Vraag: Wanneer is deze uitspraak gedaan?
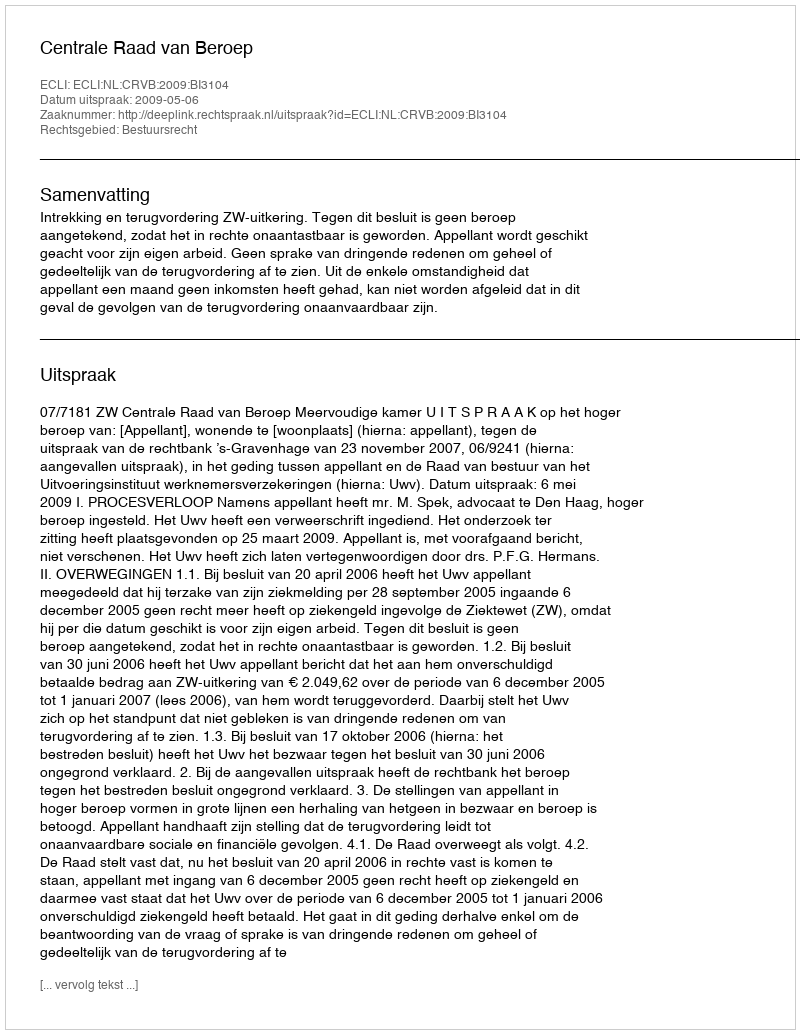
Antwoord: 2009-05-06